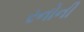
રનોની